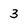
Character: 3